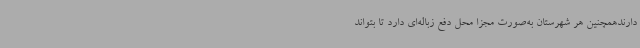
دارندهمچنین هر شهرستان به‌صورت مجزا محل دفع زباله‌ای دارد تا بتواند